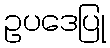
ဥပဒေပြု